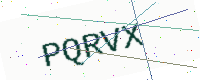
Text: PQRVX